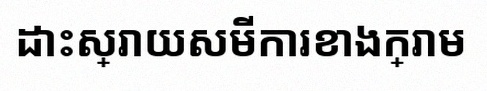
ដោះស្រាយសមីការខាងក្រោម